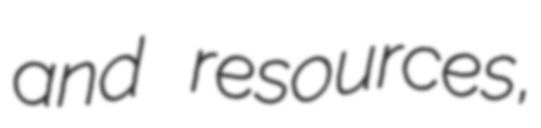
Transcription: and resources,